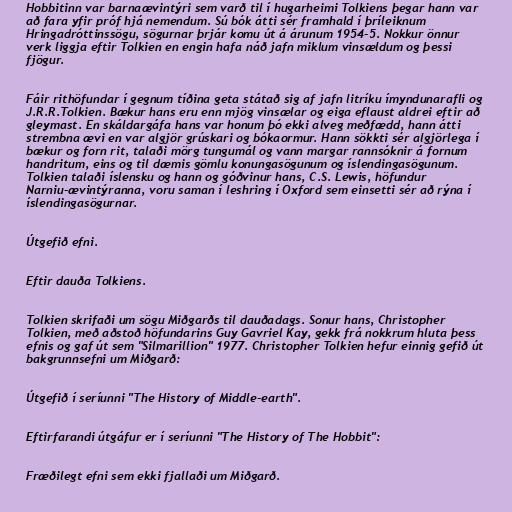
Hobbitinn var barnaævintýri sem varð til í hugarheimi Tolkiens þegar hann var
að fara yfir próf hjá nemendum. Sú bók átti sér framhald í þríleiknum
Hringadróttinssögu, sögurnar þrjár komu út á árunum 1954-5. Nokkur önnur
verk liggja eftir Tolkien en engin hafa náð jafn miklum vinsældum og þessi
fjögur.

Fáir rithöfundar í gegnum tíðina geta státað sig af jafn litríku ímyndunarafli og
J.R.R.Tolkien. Bækur hans eru enn mjög vinsælar og eiga eflaust aldrei eftir að
gleymast. En skáldargáfa hans var honum þó ekki alveg meðfædd, hann átti
strembna ævi en var algjör grúskari og bókaormur. Hann sökkti sér algjörlega í
bækur og forn rit, talaði mörg tungumál og vann margar rannsóknir á fornum
handritum, eins og til dæmis gömlu konungasögunum og íslendingasögunum.
Tolkien talaði íslensku og hann og góðvinur hans, C.S. Lewis, höfundur
Narniu-ævintýranna, voru saman í leshring í Oxford sem einsetti sér að rýna í
íslendingasögurnar.

Útgefið efni.

Eftir dauða Tolkiens.

Tolkien skrifaði um sögu Miðgarðs til dauðadags. Sonur hans, Christopher
Tolkien, með aðstoð höfundarins Guy Gavriel Kay, gekk frá nokkrum hluta þess
efnis og gaf út sem "Silmarillion" 1977. Christopher Tolkien hefur einnig gefið út
bakgrunnsefni um Miðgarð:

Útgefið í seríunni "The History of Middle-earth".

Eftirfarandi útgáfur er í seríunni "The History of The Hobbit":

Fræðilegt efni sem ekki fjallaði um Miðgarð.